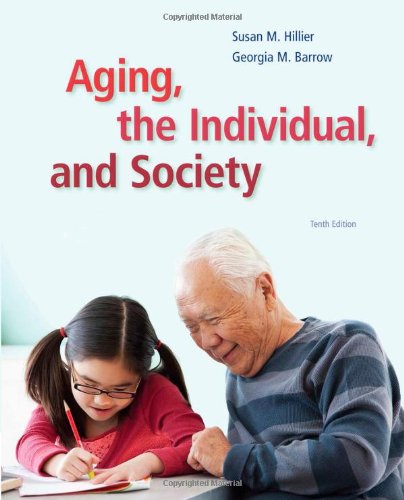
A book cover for Aging, the Individual, and Society; Susan M. Hillier; Politics & Social Sciences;